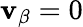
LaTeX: \textbf{v}_{\beta}=0